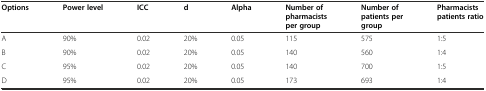
| Options | Power level | ICC | d | Alpha | Number of pharmacists per group | Number of patients per group | Pharmacists patients ratio |
 | --- | --- | --- | --- | --- | --- | --- | --- |
 | A | 90% | 0.02 | 20% | 0.05 | 115 | 575 | 1:5 |
 | B | 90% | 0.02 | 20% | 0.05 | 140 | 560 | 1:4 |
 | C | 95% | 0.02 | 20% | 0.05 | 140 | 700 | 1:5 |
 | D | 95% | 0.02 | 20% | 0.05 | 173 | 693 | 1:4 |